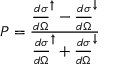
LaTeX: P = \frac { { \frac { d \sigma } { d \Omega } } ^ { \uparrow } - { \frac { d \sigma } { d \Omega } } ^ { \downarrow } } { { \frac { d \sigma } { d \Omega } } ^ { \uparrow } + { \frac { d \sigma } { d \Omega } } ^ { \downarrow } }